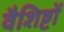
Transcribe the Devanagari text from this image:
वैशिष्टों